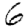
Digit: 6